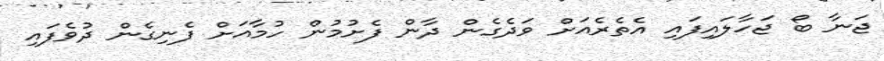
ޖަނާ ބޯ ޖަހާލައިފައި އެތެރެއަށް ވަދެގެން ދާން ފެށުމުން ހުމާއަށް ފެނިގެން ދުވެފައި